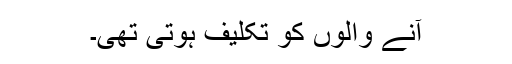
آنے والوں کو تکلیف ہوتی تھی۔